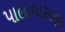
પાલાવાસણા